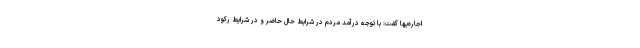
اجاره‌بها گفت: با توجه درآمد مردم در شرایط حال حاضر و در شرایط رکود